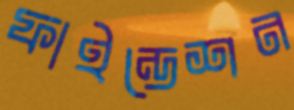
ফাইন্ডেশন